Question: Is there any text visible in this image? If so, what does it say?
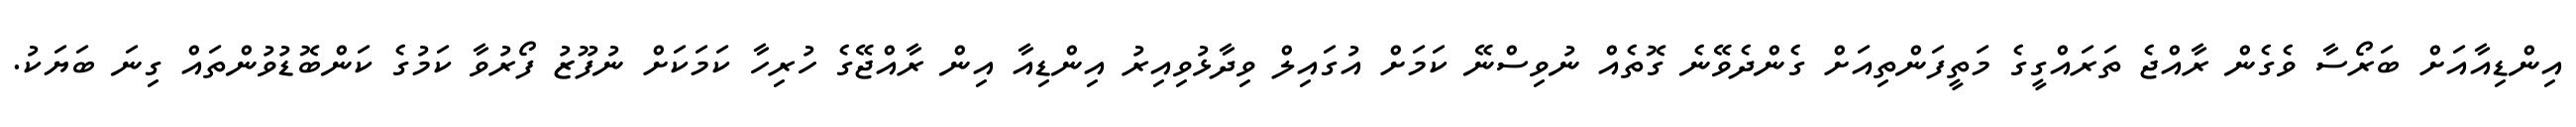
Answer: އިންޑިއާއަށް ބަރޯސާ ވެގެން ރާއްޖެ ތަރައްގީގެ މަތީފަންތިއަށް ގެންދެވޭނެ ގޮތެއް ނުވިސްނޭ ކަމަށް އުގައިލް ވިދާޅުވިއިރު އިންޑިއާ އިން ރާއްޖޭގެ ހުރިހާ ކަމަކަށް ނުފޫޒު ފޯރުވާ ކަމުގެ ކަންބޮޑުވުންތައް ގިނަ ބަޔަކު.